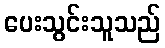
ပေးသွင်းသူသည်